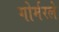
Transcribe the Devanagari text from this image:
गोर्मरले